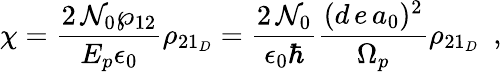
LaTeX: \chi=\frac{2\, {\cal{N}}_{0}\wp_{12}}{E_{p}\epsilon_{0}}\rho_{21_{D}}=\frac{2\, {\cal{N}}_{0}}{\epsilon_{0}\hbar}\frac{(d\, e\, a_{0})^{2}}{\Omega_{p}}\rho_{21_{D}}\, \, \, ,